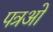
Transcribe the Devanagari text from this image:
पत्रओ